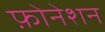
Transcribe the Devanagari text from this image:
फ़ोनेशन